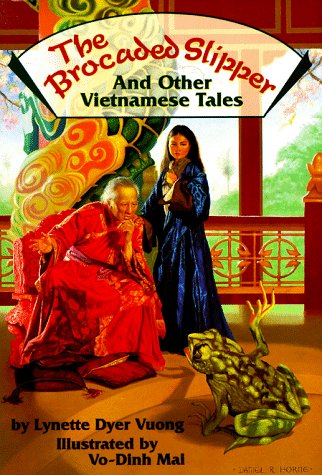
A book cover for The Brocaded Slipper and Other Vietnamese Tales; Lynette Dyer Vuong; Children's Books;